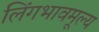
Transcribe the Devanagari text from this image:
लिंगभावमूल्य